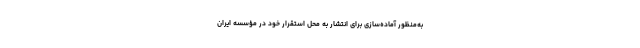
به‌منظور آماده‌سازی برای انتشار به محل استقرار خود در مؤسسه ایران